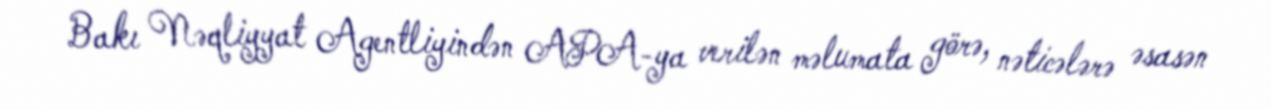
Bakı Nəqliyyat Agentliyindən APA-ya verilən məlumata görə, nəticələrə əsasən